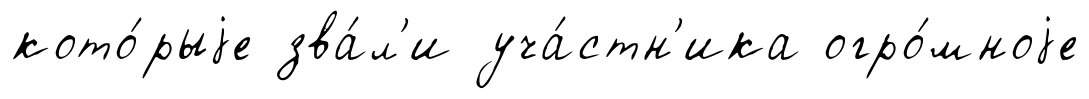
кото́рыjе зва́л'и уча́стн'ика огро́мноjе